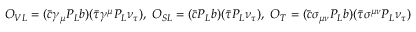
\begin{array} { r } { { \cal O } _ { V L } = ( \bar { c } \gamma _ { \mu } P _ { L } b ) ( \bar { \tau } \gamma ^ { \mu } P _ { L } \nu _ { \tau } ) , ~ { \cal O } _ { S L } = ( \bar { c } P _ { L } b ) ( \bar { \tau } P _ { L } \nu _ { \tau } ) , ~ { \cal O } _ { T } = ( \bar { c } \sigma _ { \mu \nu } P _ { L } b ) ( \bar { \tau } \sigma ^ { \mu \nu } P _ { L } \nu _ { \tau } ) } \end{array}